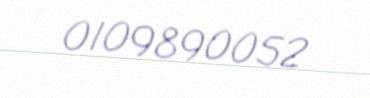
0109890052